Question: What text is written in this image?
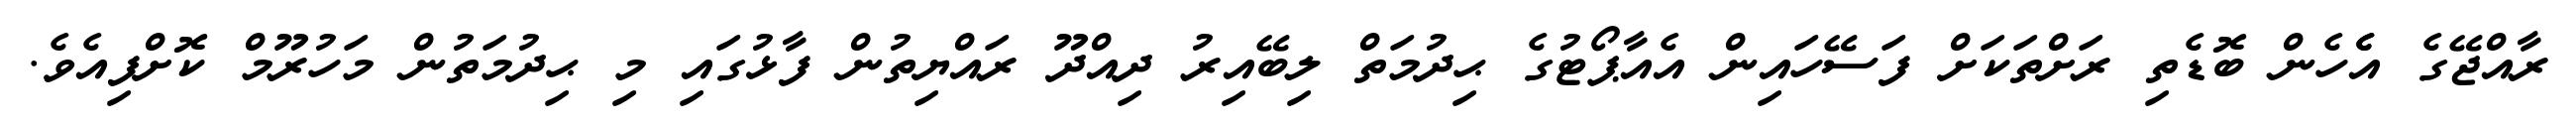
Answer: ރާއްޖޭގެ އެެހެން ބޮޑެތި ރަށްތަކަށް ފަސޭހައިން އެއާޕޯޓުގެ ޙިދުމަތް ލިބޭއިރު ދިއްދޫ ރައްޔިތުން ފާޅުގައި މި ޙިދުމަތުން މަހުރޫމް ކޮށްފިއެވެ.